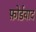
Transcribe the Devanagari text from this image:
फ़ोर्डवाद